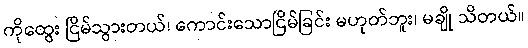
ကိုထွေး ငြိမ်သွားတယ်၊ ကောင်းသောငြိမ်ခြင်း မဟုတ်ဘူး၊ မချို သိတယ်။